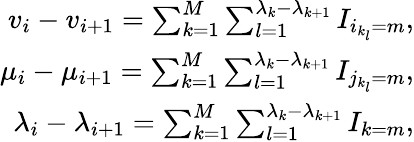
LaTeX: \begin{array}{r}{v_{i}-v_{i+1}=\sum_{k=1}^{M}\sum_{l=1}^{\lambda_{k}-\lambda_{k+1}}I_{i_{k_{l}}=m},}\\ {\mu_{i}-\mu_{i+1}=\sum_{k=1}^{M}\sum_{l=1}^{\lambda_{k}-\lambda_{k+1}}I_{j_{k_{l}}=m},}\\ {\lambda_{i}-\lambda_{i+1}=\sum_{k=1}^{M}\sum_{l=1}^{\lambda_{k}-\lambda_{k+1}}I_{k=m},}\end{array}